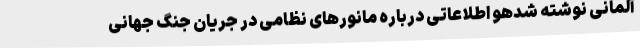
آلمانی نوشته شدهو اطلاعاتی درباره مانورهای نظامی در جریان جنگ جهانی